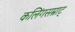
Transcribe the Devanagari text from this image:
कलिंगसम्राट्